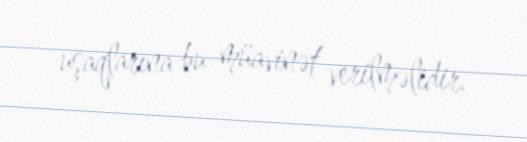
uşaqlarına bu müavinət verilməlidir.